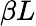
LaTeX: \beta L